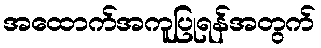
အထောက်အကူပြုရန်အတွက်